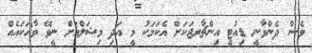
ވެސް ދެންވާނީ ޑިއުޓީ އިންޗާރޖަކަށް އެކަމަކު މީ އަދި މިޝަލްއަށް ނީވޭ ވާހަކައެއް